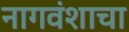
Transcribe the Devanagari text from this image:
नागवंशाचा